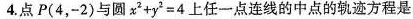
4.点P(4,-2)与圆x+y'=4上任一点连线的中点的轨迹方程是